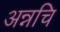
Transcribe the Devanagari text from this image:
अन्नचि